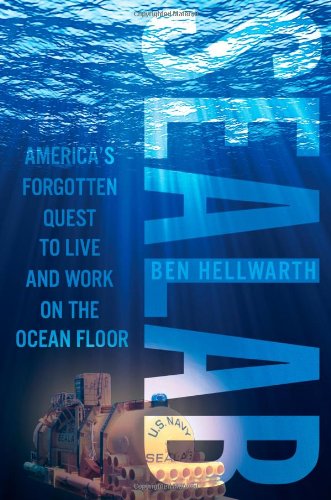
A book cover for Sealab: America's Forgotten Quest to Live and Work on the Ocean Floor; Ben Hellwarth; Engineering & Transportation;